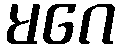
မဂေ